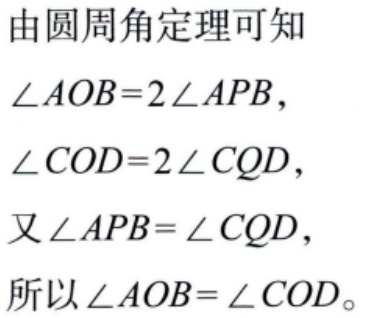
由圆周角定理可知
\(\angle AOB = 2\angle APB\)，
\(\angle COD = 2\angle CQD\)，
又\(\angle APB=\angle CQD\)，
所以\(\angle AOB=\angle COD\)。